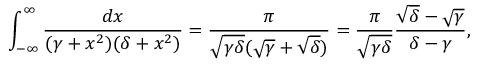
\int _ { - \infty } ^ { \infty } \frac { d x } { ( \gamma + x ^ { 2 } ) ( \delta + x ^ { 2 } ) } = \frac { \pi } { \sqrt { \gamma \delta } ( \sqrt { \gamma } + \sqrt { \delta } ) } = \frac { \pi } { \sqrt { \gamma \delta } } \frac { \sqrt { \delta } - \sqrt { \gamma } } { \delta - \gamma } ,